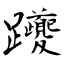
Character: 躨